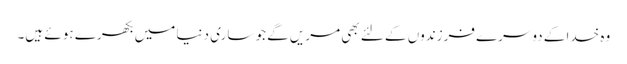
وہ خدا کے دوسرے فرزندوں کے لئے بھی مریں گے جو ساری دنیا میں بکھرے ہو ئے ہیں۔